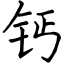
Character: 钙